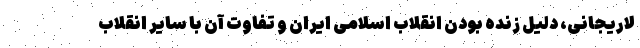
لاریجانی، دلیل زنده بودن انقلاب اسلامی ایران و تفاوت آن با سایر انقلاب